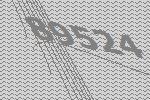
89524